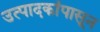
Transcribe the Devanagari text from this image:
उत्पादकांपासून